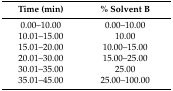
| Time (min) | % Solvent B |
 | --- | --- |
 | 0.00–10.00 | 0.00–10.00 |
 | 10.01–15.00 | 10.00 |
 | 15.01–20.00 | 10.00–15.00 |
 | 20.01–30.00 | 15.00–25.00 |
 | 30.01–35.00 | 25.00 |
 | 35.01–45.00 | 25.00–100.00 |